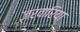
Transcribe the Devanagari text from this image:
जरवारिया